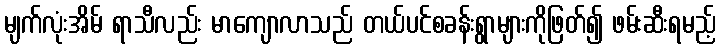
မျက်လုံးအိမ် ရာသီလည်း မာကျောလာသည် တယ်ပင်စခန်းရွာများကိုဖြတ်၍ ဖမ်းဆီးရမည့်